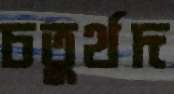
চতুর্থদ